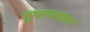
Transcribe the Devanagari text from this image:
गुप्तपाषाण